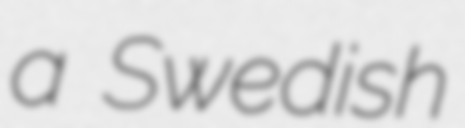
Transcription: a Swedish